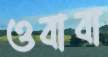
ওবাবা